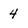
Character: 4